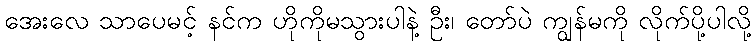
အေးလေ သာပေမင့် နင်က ဟိုကိုမသွားပါနဲ့ ဦး၊ တော်ပဲ ကျွန်မကို လိုက်ပို့ပါလို့